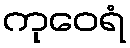
ကုဝေရံ